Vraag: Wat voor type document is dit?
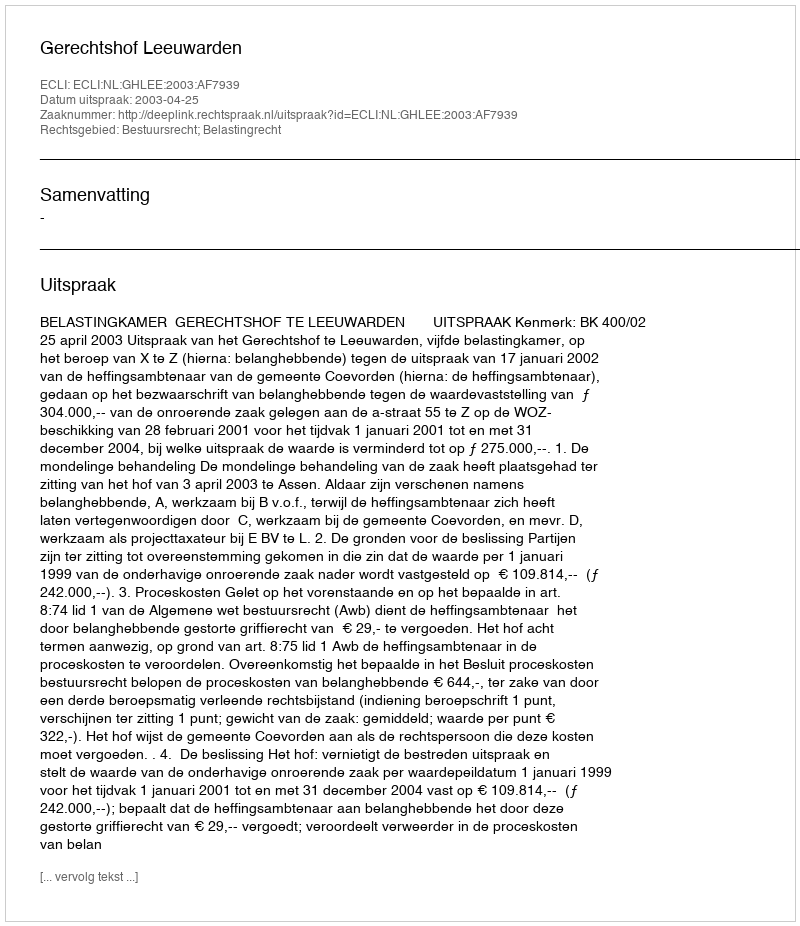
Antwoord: Uitspraak